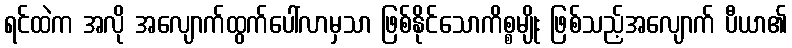
ရင်ထဲက အလို အလျောက်ထွက်ပေါ်လာမှသာ ဖြစ်နိုင်သောကိစ္စမျိုး ဖြစ်သည့်အလျောက် ပီယာ၏